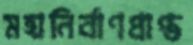
মহানির্বাণপ্রাপ্ত